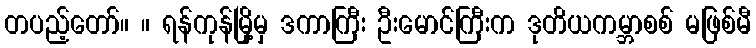
တပည့်တော်။ ။ ရန်ကုန်မြို့မှ ဒကာကြီး ဦးမောင်ကြီးက ဒုတိယကမ္ဘာစစ် မဖြစ်မီ